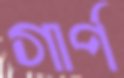
গার্প